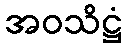
အဝသိဋ္ဌံ